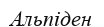
Альпіден